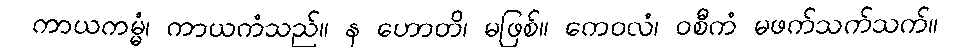
ကာယကမ္မံ၊ ကာယကံသည်။ န ဟောတိ၊ မဖြစ်။ ကေဝလံ၊ ဝစီကံ မဖက်သက်သက်။